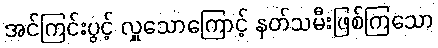
အင်ကြင်းပွင့် လှူသောကြောင့် နတ်သမီးဖြစ်ကြသော